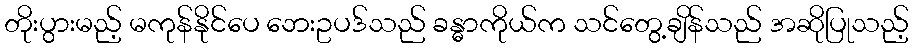
တိုးပွားမည့် မကုန်နိုင်ပေ ဘေးဥပဒ်သည် ခန္ဓာကိုယ်က သင်တွေ့ချိန်သည် အဆိုပြုသည့်